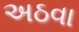
અઠવા